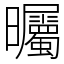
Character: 曯